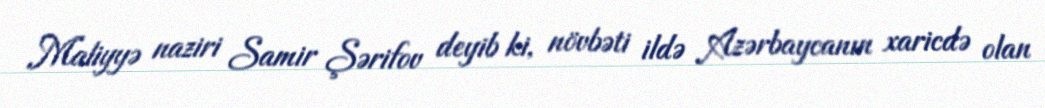
Maliyyə naziri Samir Şərifov deyib ki, növbəti ildə Azərbaycanın xaricdə olan